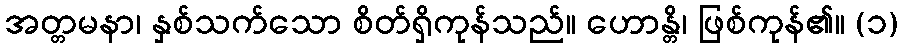
အတ္တမနာ၊ နှစ်သက်သော စိတ်ရှိကုန်သည်။ ဟောန္တိ၊ ဖြစ်ကုန်၏။ (၁)